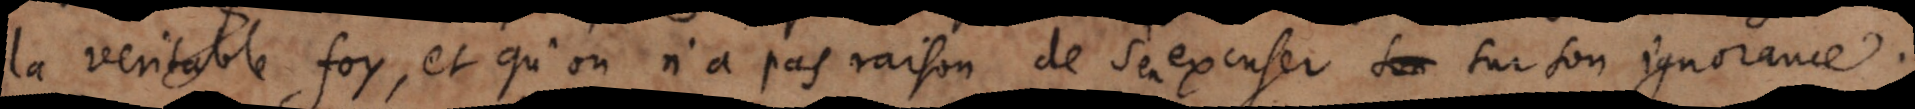
la veritable foy, et qu’on n’a pas raison de s’en excuser de sur son ignorance.